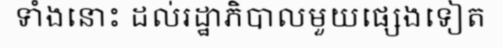
ទាំងនោះ ដល់រដ្ឋាភិបាលមួយផ្សេងទៀត